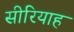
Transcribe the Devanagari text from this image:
सीरियाह